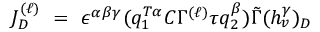
J _ { D } ^ { ( \ell ) } ~ = ~ \epsilon ^ { \alpha \beta \gamma } ( q _ { 1 } ^ { T \alpha } C \Gamma ^ { ( \ell ) } \tau q _ { 2 } ^ { \beta } ) { \tilde { \Gamma } } ( h _ { v } ^ { \gamma } ) _ { D }